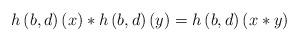
LaTeX: \begin{align*}h\left( b,d\right) \left( x\right) *h\left( b,d\right) \left( y\right)=h\left( b,d\right) \left( x*y\right)\end{align*}